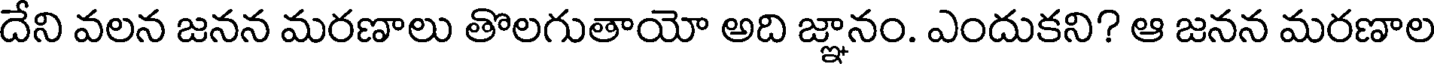
దేని వలన జనన మరణాలు తొలగుతాయో అది జ్ఞానం. ఎందుకని? ఆ జనన మరణాల